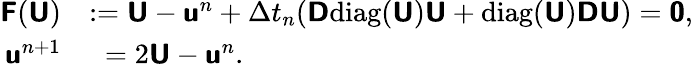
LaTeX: \begin{array}{rl}{\mathbf{\boldsymbol{\mathsf{F}}}(\mathbf{\boldsymbol{\mathsf{U}}})}&{:=\mathbf{\boldsymbol{\mathsf{U}}}-\mathbf{\boldsymbol{\mathsf{u}}}^{n}+\Delta t_{n}(\mathbf{\boldsymbol{\mathsf{D}}}\mathrm{diag}(\mathbf{\boldsymbol{\mathsf{U}}})\mathbf{\boldsymbol{\mathsf{U}}}+\mathrm{diag}(\mathbf{\boldsymbol{\mathsf{U}}})\mathbf{\boldsymbol{\mathsf{D}}}\mathbf{\boldsymbol{\mathsf{U}}})=\mathbf{\boldsymbol{\mathsf{0}}},}\\ {\mathbf{\boldsymbol{\mathsf{u}}}^{n+1}}&{\phantom{:}=2\mathbf{\boldsymbol{\mathsf{U}}}-\mathbf{\boldsymbol{\mathsf{u}}}^{n}.}\end{array}